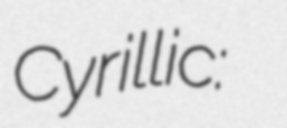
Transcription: Cyrillic: Горње